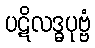
ပဋိလဒ္ဓပုဗ္ဗံ